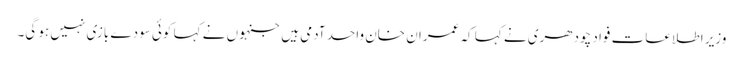
وزیر اطلاعات فواد چودھری نے کہا کہ عمران خان واحد آدمی ہیں جنہوں نے کہا کوئی سودے بازی نہیں ہو گی۔